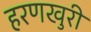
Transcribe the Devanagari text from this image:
हरणखुरी